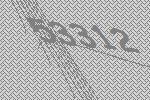
53312